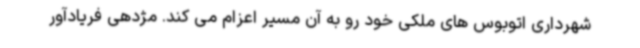
شهرداری اتوبوس های ملکی خود رو به آن مسیر اعزام می کند. مژدهی فریادآور